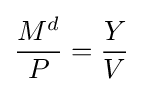
{\frac {M^{d}}{P}}={\frac {Y}{V}}